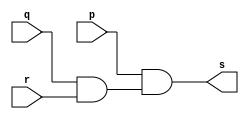
// -------------------------
// Exercicio0004 - AND
// Nome: Pedro Henrique Alves M. de Carvalho
// -------------------------

// -------------------------
// -- and gate
// -------------------------
module andgate (output s, input p, input q, input r);
 assign s = p & (q & r);
endmodule // fim do andgate

// -------------------------
// -- ex and gate
// -------------------------
module exandgate;
// ------------------------- dados locais
	reg a, b, c;	// definir registrador
	wire s;	// definir conexao (fio)
// ------------------------- instancia
 andgate AND1 (s, a, b, c);
// ------------------------- preparacao
 initial begin:start
	a=0; b=0; c=0;
 end
 
// ------------------------- parte principal
 initial begin:main
	$display("Exerccio 0004 - Pedro Henrique A. M. de Carvalho - 427452");
	$display("Ex AND gate");
	$display("\n ( a & ( b & c )) = s\n");
 	
	a=0; b=0; c= 0;
 #1 $display(" %b & ( %b & %b ) = %b", a, b, c, s);
	a=0; b=0; c= 1;
 #1 $display(" %b & ( %b & %b ) = %b", a, b, c, s);
	a=0; b=1; c= 0;
 #1 $display(" %b & ( %b & %b ) = %b", a, b, c, s);
	a=0; b=1; c= 1;
 #1 $display(" %b & ( %b & %b ) = %b", a, b, c, s);
 	a=1; b=0; c= 0;
 #1 $display(" %b & ( %b & %b ) = %b", a, b, c, s);
	a=1; b=0; c= 1;
 #1 $display(" %b & ( %b & %b ) = %b", a, b, c, s);
	a=1; b=1; c= 0;
 #1 $display(" %b & ( %b & %b ) = %b", a, b, c, s);
	a=1; b=1; c= 1;
 #1 $display(" %b & ( %b & %b ) = %b", a, b, c, s);
 end

endmodule